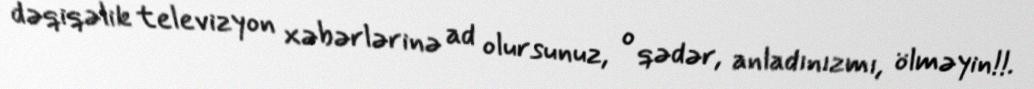
dəqiqəlik televizyon xəbərlərinə ad olursunuz, o qədər, anladınızmı, ölməyin!!.